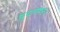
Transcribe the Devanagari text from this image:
मुदतमम्।।